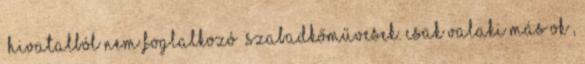
„hivatalból nem foglalkozó” szabadkőművesek. Csak valaki más ok ,